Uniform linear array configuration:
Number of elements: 12
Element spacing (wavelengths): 0.5
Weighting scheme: exponential
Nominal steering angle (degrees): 60
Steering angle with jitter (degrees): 61.089
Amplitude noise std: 0.05
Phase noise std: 0.05

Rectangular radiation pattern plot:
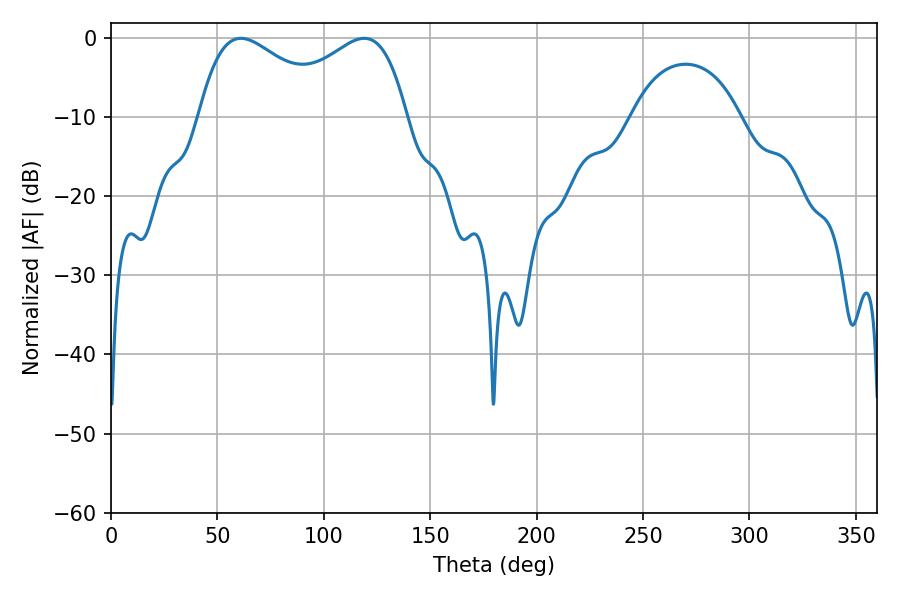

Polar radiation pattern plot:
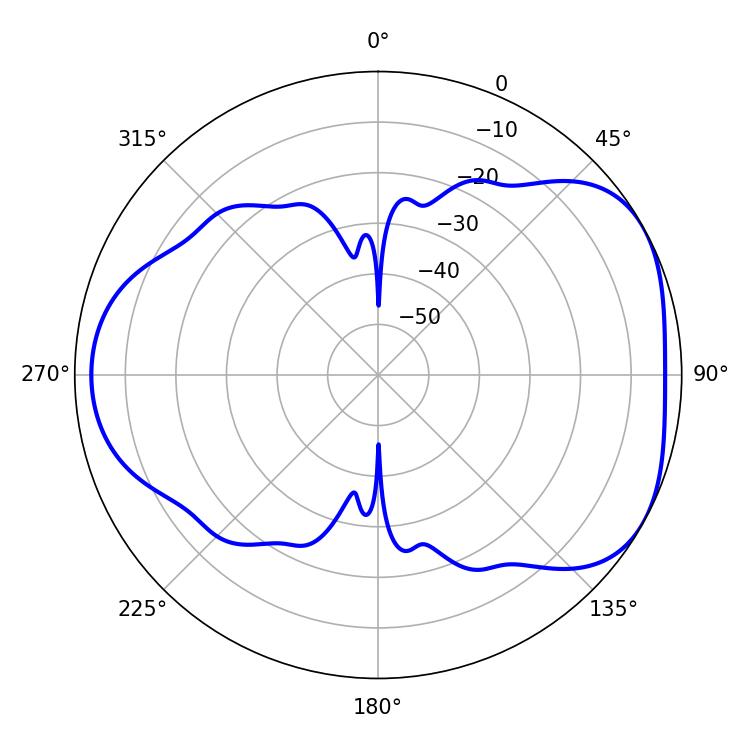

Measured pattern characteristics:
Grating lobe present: FALSE
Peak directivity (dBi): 4.57
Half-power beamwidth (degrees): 34.92
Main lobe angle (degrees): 61.02